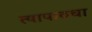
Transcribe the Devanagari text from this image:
त्यापाठचा